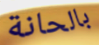
بالحانة